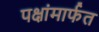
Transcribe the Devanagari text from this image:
पक्षांमार्फत